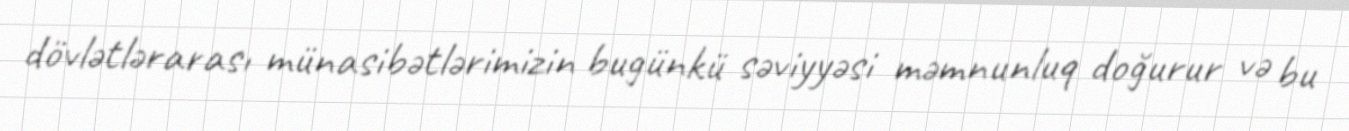
dövlətlərarası münasibətlərimizin bugünkü səviyyəsi məmnunluq doğurur və bu